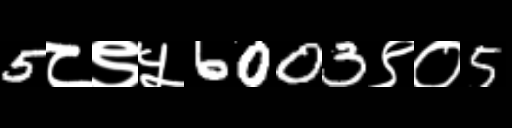
Text: 5८९५6003९०5